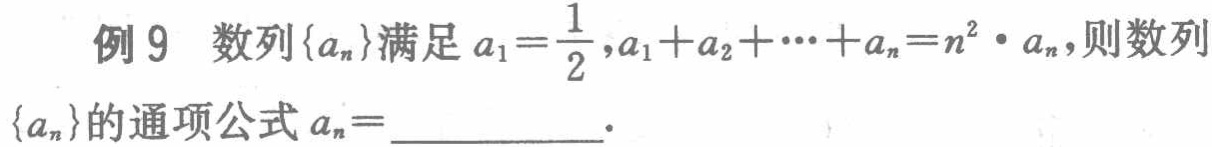
例 9 数列\(\{a_{n}\}\)满足\(a_{1}=\frac{1}{2},a_{1}+a_{2}+\cdots +a_{n}=n^{2}\cdot a_{n}\)，则数列\(\{a_{n}\}\)的通项公式\(a_{n}=\_\_\_\)。